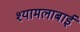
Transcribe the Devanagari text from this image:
श्यामलाबाई